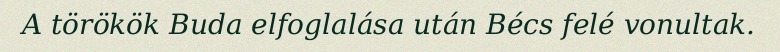
A törökök Buda elfoglalása után Bécs felé vonultak.